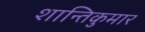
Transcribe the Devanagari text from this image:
शान्तिकुमार